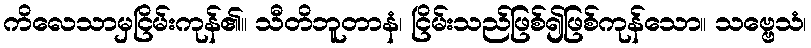
ကိလေသာမှငြိမ်းကုန်၏။ သီတိဘူတာနံ၊ ငြိမ်းသည်ဖြစ်၍ဖြစ်ကုန်သော။ သဗ္ဗေသံ၊